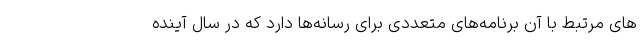
های مرتبط با آن برنامه‌‌های متعددی برای رسانه‌ها دارد که در سال آینده